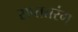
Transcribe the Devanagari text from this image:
सप्ततरंग